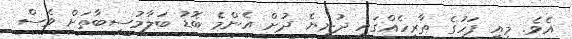
އެވެ. މިއީ ފަހުގެ ތާރީހެއްގައި ދުނިޔެ ދުށް އެންމެ ބޮޑު ބަލާމުސީބާތަށް ވެސް